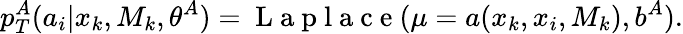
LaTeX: p_{T}^{A}(a_{i}|x_{k},M_{k},\theta^{A})=\mathrm{~L~a~p~l~a~c~e~}(\mu=a(x_{k},x_{i},M_{k}),b^{A}).